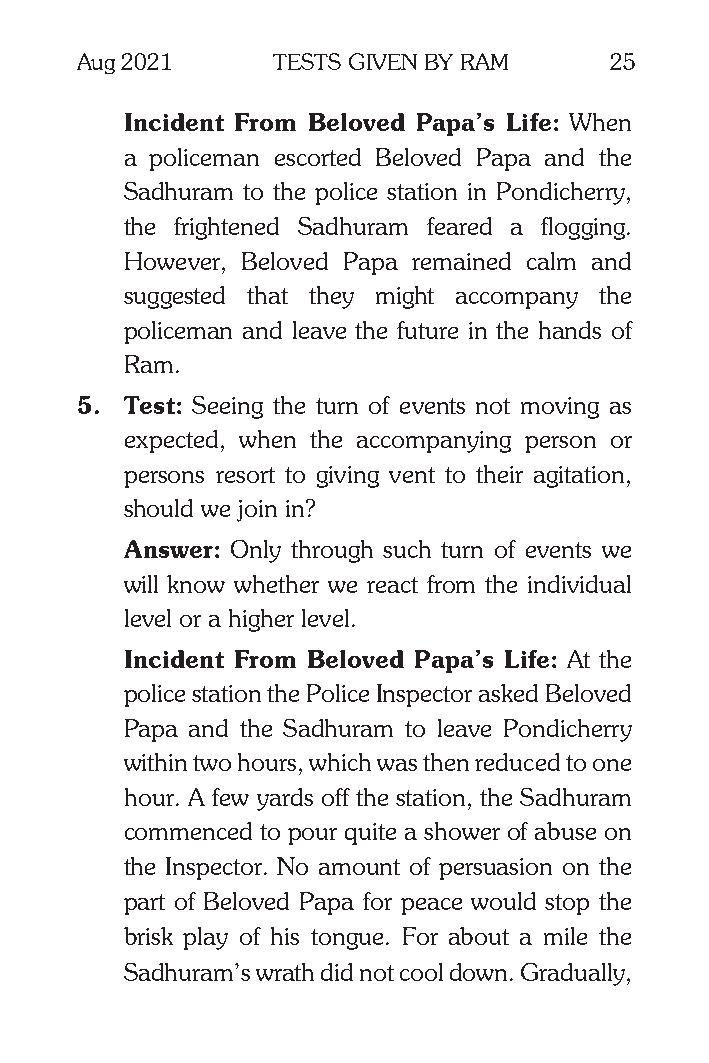
Aug 2021     TESTS GIVEN BY RAM    25
 Incident From Beloved Papa’s Life: When
 a policeman escorted Beloved Papa and the
 Sadhuram to the police station in Pondicherry,
 the frightened Sadhuram feared a flogging.
 However, Beloved Papa remained calm and
 suggested that they might accompany the
 policeman and leave the future in the hands of
 Ram.
 5. Test: Seeing the turn of events not moving as
 expected, when the accompanying person or
 persons resort to giving vent to their agitation,
 should we join in?
 Answer: Only through such turn of events we
 will know whether we react from the individual
 level or a higher level.
 Incident From Beloved Papa’s Life: At the
 police station the Police Inspector asked Beloved
 Papa and the Sadhuram to leave Pondicherry
 within two hours, which was then reduced to one
 hour. A few yards off the station, the Sadhuram
 commenced to pour quite a shower of abuse on
 the Inspector. No amount of persuasion on the
 part of Beloved Papa for peace would stop the
 brisk play of his tongue. For about a mile the
 Sadhuram’s wrath did not cool down. Gradually,